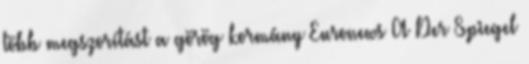
több megszorítást a görög kormány Euronews A Der Spiegel